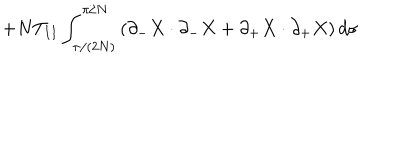
+ N T _ { I I } \int _ { \pi / ( 2 N ) } ^ { \pi / N } \left( \partial _ { - } X \cdot \partial _ { - } X + \partial _ { + } X \cdot \partial _ { + } X \right) d \sigma